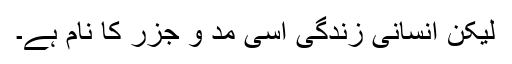
لیکن انسانی زندگی اسی مد و جزر کا نام ہے۔